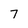
Character: 7